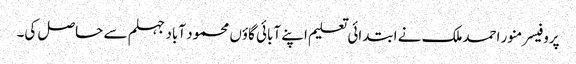
پروفیسر منور احمدملک نے ابتدائی تعلیم اپنے آبائی گاؤں محمود آباد جہلم سے حاصل کی۔